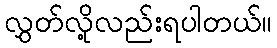
လွှတ်လို့လည်းရပါတယ်။